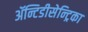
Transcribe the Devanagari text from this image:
ॲन्टिडीसेन्ट्रिका